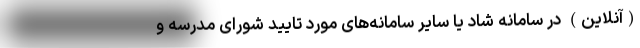
(آنلاین) در سامانه شاد یا سایر سامانه‌های مورد تایید شورای مدرسه و